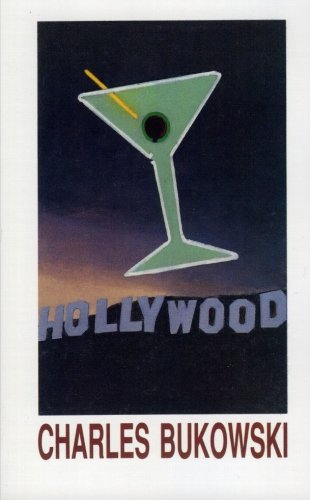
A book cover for Hollywood; Charles Bukowski; Humor & Entertainment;